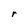
Character: r